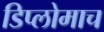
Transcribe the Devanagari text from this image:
डिप्लोमाच